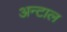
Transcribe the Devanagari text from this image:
अन्टाल